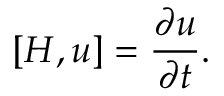
[ H , u ] = { \frac { \partial u } { \partial t } } .